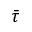
\bar { \tau }